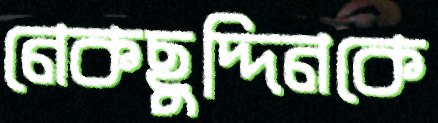
নেকছুদ্দিনকে